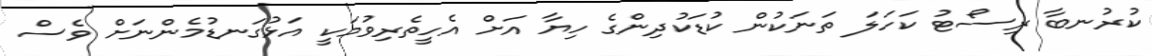
ކުރުނބާ ރިސޯޓު ކަހަލަ ތަނަކުން ކުޑަކުދިންގެ ހިޔާ އަށް އެހީތެރިވުމަކީ އަޅުގަނޑުމެންނަށް ވެސް